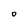
Character: o